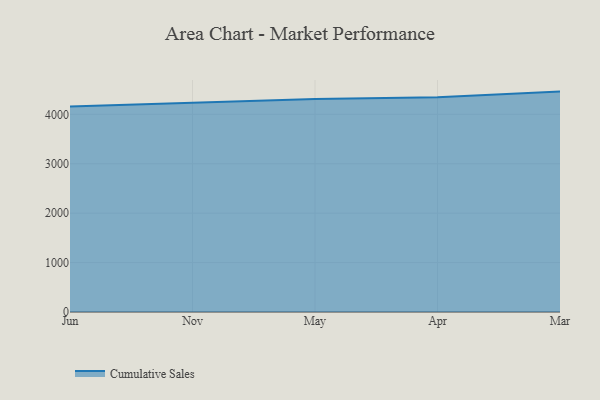
{"axis": {"x": "Month", "y": "Active Users"}, "legend": ["Cumulative Sales"], "data": [{"x": "Jun", "y": 4157.1, "type": "Cumulative Sales"}, {"x": "Nov", "y": 4231.0, "type": "Cumulative Sales"}, {"x": "May", "y": 4310.8, "type": "Cumulative Sales"}, {"x": "Apr", "y": 4343.7, "type": "Cumulative Sales"}, {"x": "Mar", "y": 4459.5, "type": "Cumulative Sales"}]}